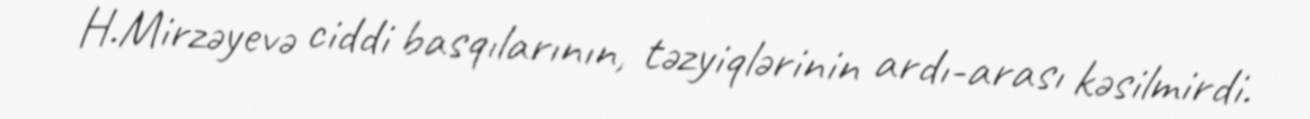
H.Mirzəyevə ciddi basqılarının, təzyiqlərinin ardı-arası kəsilmirdi.